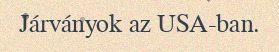
Járványok az USA-ban.